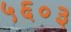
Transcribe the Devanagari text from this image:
५६०३